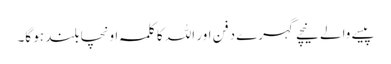
پیسے والے نیچے گہرے دفن اور اللہ کا کلمہ اونچا بلند ہو گا۔